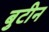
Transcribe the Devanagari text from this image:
बुटीन